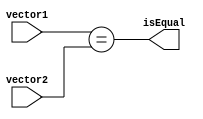
module parallel_comparator (
    input [7:0] vector1,
    input [7:0] vector2,
    output isEqual
);

assign isEqual = (vector1 == vector2);

endmodule